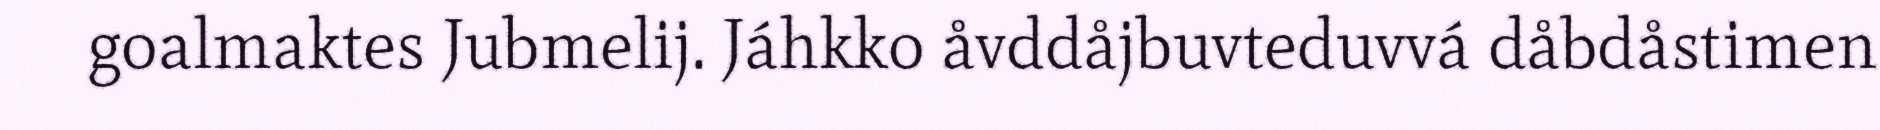
goalmaktes Jubmelij. Jáhkko åvddåjbuvteduvvá dåbdåstimen